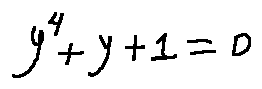
y ^ { 4 } + y + 1 = 0